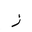
Letter: _zay